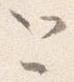
と